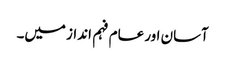
آسان اور عام فہم انداز میں۔